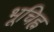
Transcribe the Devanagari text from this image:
भूचिह्न